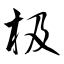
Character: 极